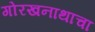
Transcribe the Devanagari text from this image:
गोरखनाथाचा